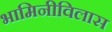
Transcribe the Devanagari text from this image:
भामिनीविलास